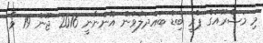
މި މަޝްރޫއުގެ ޕްރީ ބިޑް ބައްދަލުވުން އޮންނާނީ 2016 ޖޫން 19 ވާ